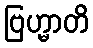
ဗြဟ္မာတိ